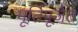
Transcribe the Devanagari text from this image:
मूर्तिपूजेत